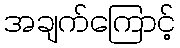
အချက်ကြောင့်